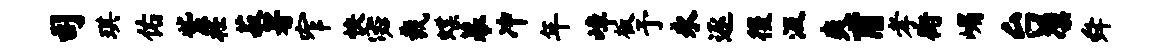
司琪佑紫衽菽署窄快宓裁蝶幕冲年嶂板予永逐後汲爽甫孝街嵋台凛舜